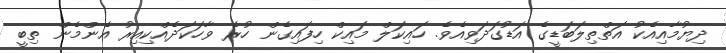
ދިޔުމާއިއެކު އަތްތިލަބަޑީގެ އަޑުގަދަވިއެވެ. ހައިކަލް މައިކް ހިފައިގެން ހުރެ ވާހަކަދެއްކިއިރު އެންމެން ތިބީ